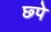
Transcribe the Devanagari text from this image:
छ्पे